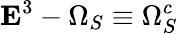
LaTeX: {\mathbf E}^{3}-\Omega_{S}\equiv\Omega_{S}^{c}